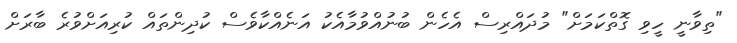
"ތިވާނީ ހީވި ގޮތްކަމަށް" މުދައްރިސް އެހެން ބުނުއްވުމާއެކު އަނެއްކާވެސް ކުދިންތައް ކުރިއަށްވުރެ ބާރަށް